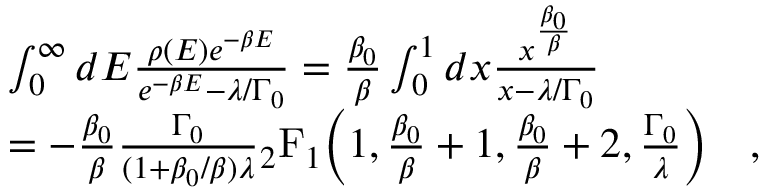
\begin{array} { r l } & { \int _ { 0 } ^ { \infty } d E \frac { \rho ( E ) e ^ { - \beta E } } { e ^ { - \beta E } - \lambda / \Gamma _ { 0 } } = \frac { \beta _ { 0 } } { \beta } \int _ { 0 } ^ { 1 } d x \frac { x ^ { \frac { \beta _ { 0 } } { \beta } } } { x - \lambda / \Gamma _ { 0 } } } \\ & { = - \frac { \beta _ { 0 } } { \beta } \frac { \Gamma _ { 0 } } { ( 1 + \beta _ { 0 } / \beta ) \lambda } \mathstrut _ { 2 } \mathrm { F } _ { 1 } \Big ( 1 , \frac { \beta _ { 0 } } { \beta } + 1 , \frac { \beta _ { 0 } } { \beta } + 2 , \frac { \Gamma _ { 0 } } { \lambda } \Big ) \quad , } \end{array}